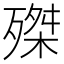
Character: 𣩊